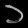
Digit: ၁